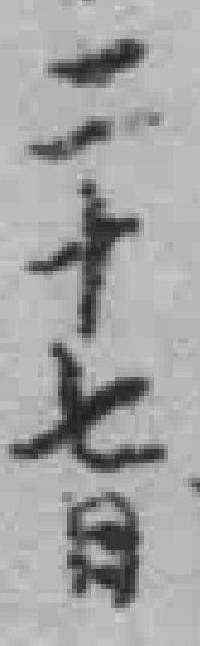
二十七日